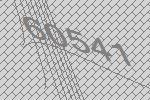
60541